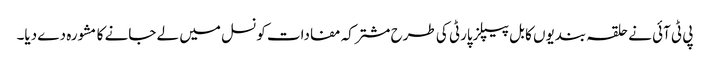
پی ٹی آئی نے حلقہ بندیوں کا بل پیپلزپارٹی کی طرح مشترکہ مفادات کونسل میں لے جانے کا مشورہ دے دیا۔